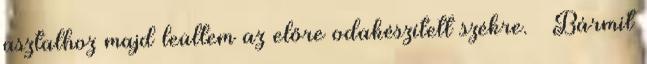
asztalhoz majd leültem az előre odakészített székre. – Bármit